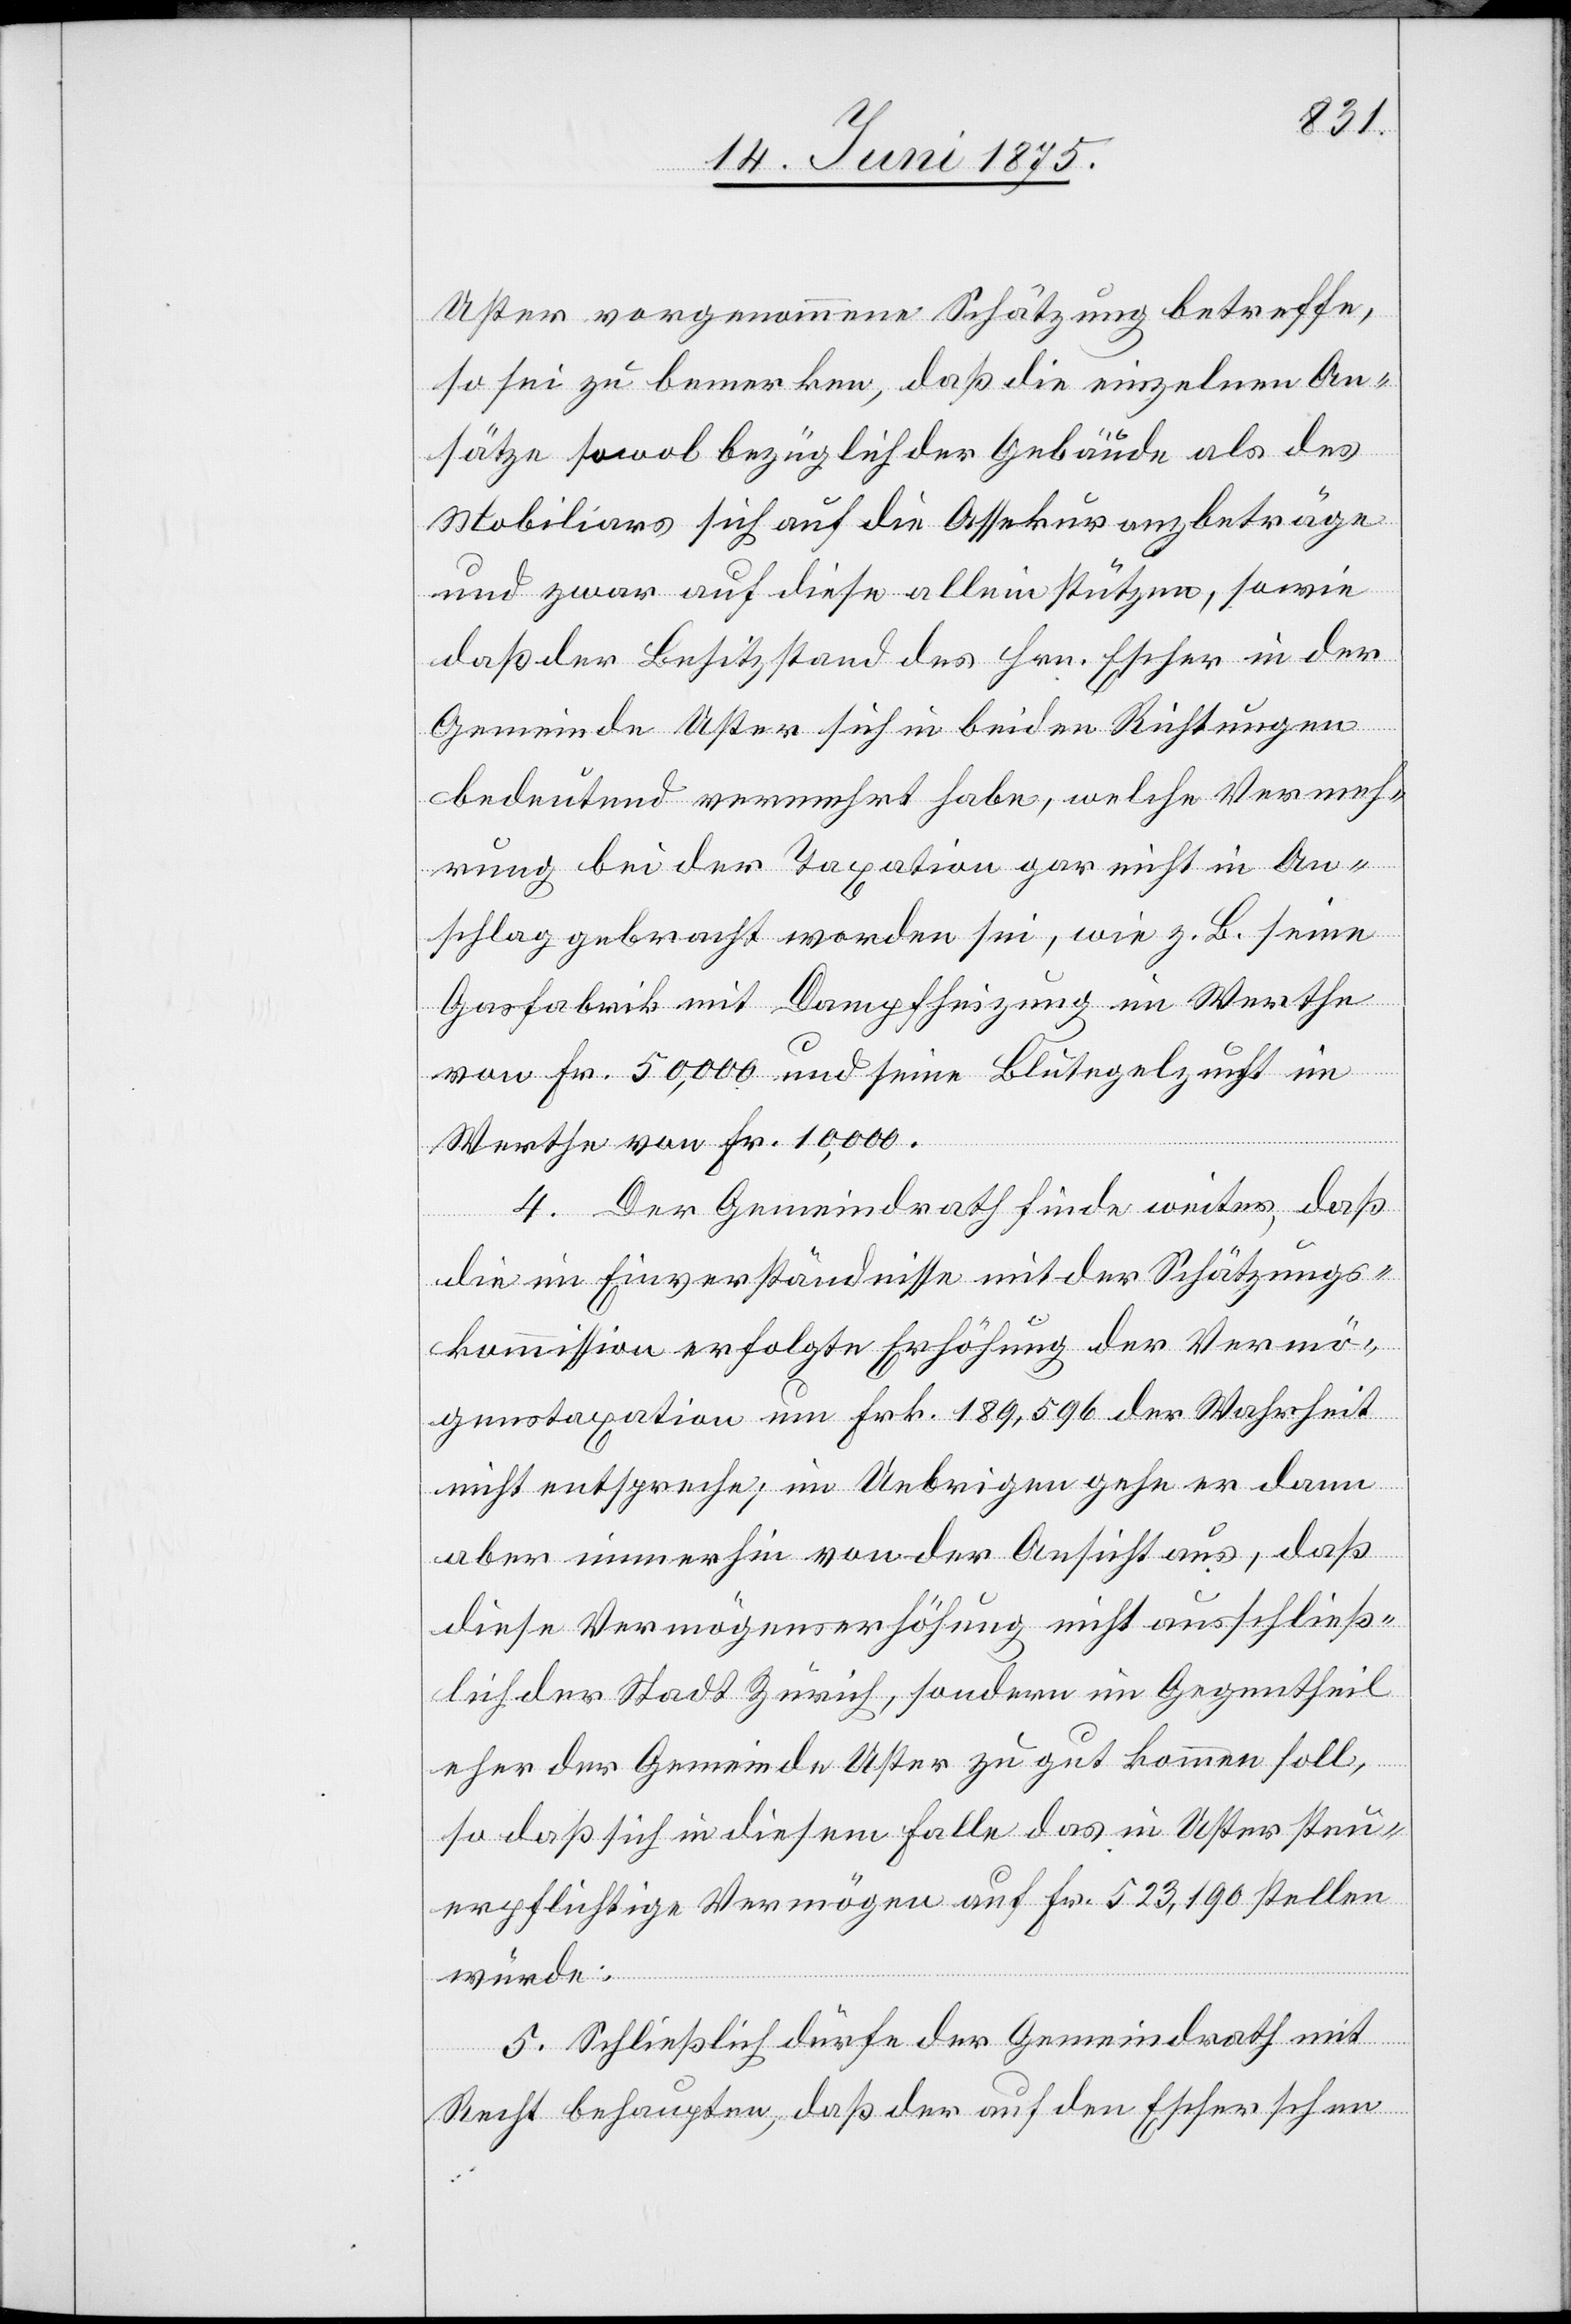
Uster vorgenommene Schätzung betreffe,
so sei zu bemerken, daß die einzelnen An¬
sätze sowol bezüglich der Gebäude als des
Mobiliars sich auf die Assekuranzbeträge
und zwar auf diese allein stützen, sowie
daß der Besitzstand des Hrn. Escher in der
Gemeinde Uster sich in beiden Richtungen
bedeutend vermehrt habe, welche Verrech¬
nung bei der Taxation gar nicht in An¬
schlag gebracht worden sei, wie z. B. seine
Gasfabrik mit Dampfheizung im Werthe
von Fr. 50,000 und seine Blutegelzucht im
Werthe von Fr. 10,000.
4. Der Gemeindrath finde weiter, daß
die im Einverständnisse mit der Schätzungs¬
kommission erfolgte Erhöhung der Vermö¬
genstaxation um Frk. 189,596 der Wahrheit
nicht entspreche; im Uebrigen gehe er dann
aber immerhin von der Ansicht aus, daß
diese Vermögenserhöhung nicht ausschließ¬
ch der Gemeinde Uster zu gut kommen soll,
so daß sich in diesem Falle das in Uster steu¬
erpflichtige Vermögen auf Fr. 523,190 stellen
würde;
5. Schließlich dürfe der Gemeindrath mit
Recht behaupten, daß der auf den Escherschen

li¬